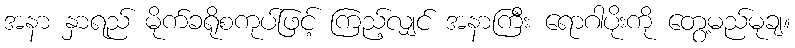
အနာ နှာရည် မိုက်ခရိုစကုပ်ဖြင့် ကြည့်လျှင် အနာကြီး ရောဂါပိုးကို တွေ့မည်မုချ။